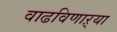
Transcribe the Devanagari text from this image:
वाढविणाऱ्या